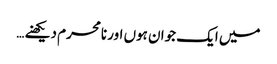
میں ایک جوان ہوں اور نامحرم دیکھنے …